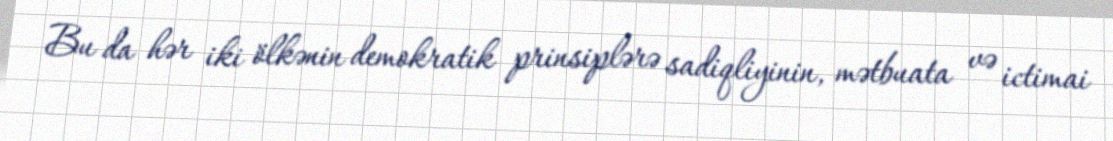
Bu da hər iki ölkənin demokratik prinsiplərə sadiqliyinin, mətbuata və ictimai